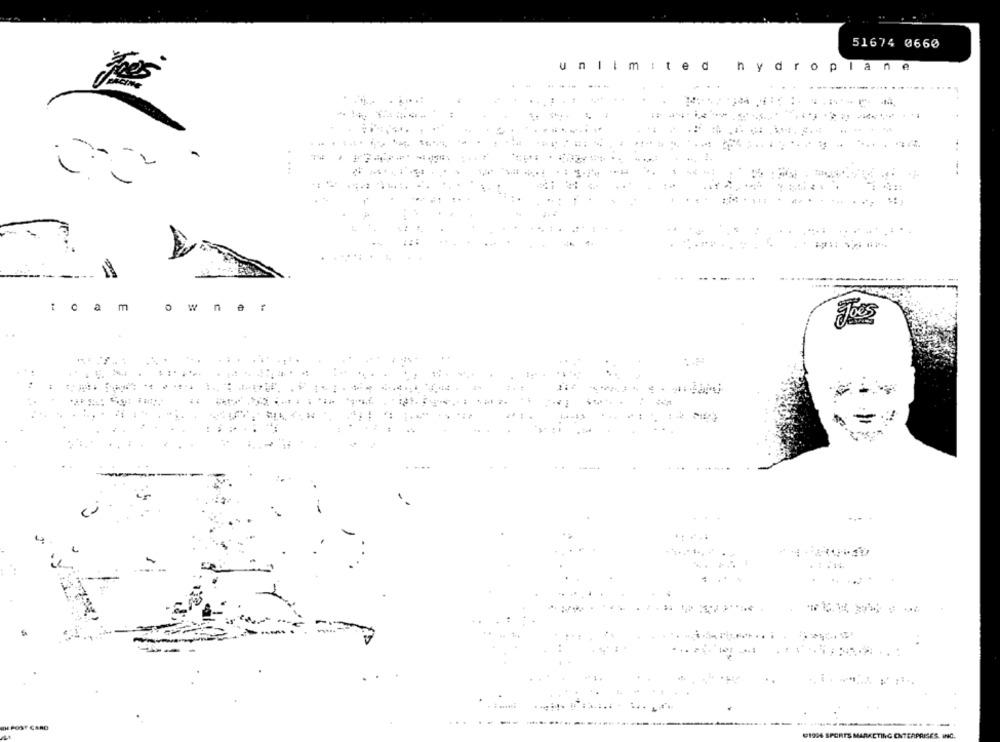
51674 0660
unlimited
hydroplane
ca m
owner
Joes
POST CARD